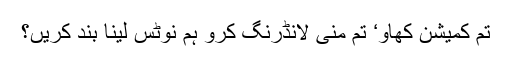
تم کمیشن کھاؤ‘ تم منی لانڈرنگ کرو ہم نوٹس لینا بند کریں؟